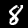
Label: 8